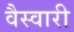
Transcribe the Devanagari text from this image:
वैस्वारी